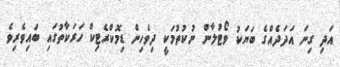
އަދި ގިނަ އަދަދެއްގެ ބަޔަކު ވޯޓުލާން ނުކުތުމަކީ ދިވެހިން ޑިމޮކްރެޓިކް ހަރަކާތުގައި ބައިވެރިވެ